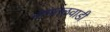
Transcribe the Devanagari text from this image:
नागतळवाडी